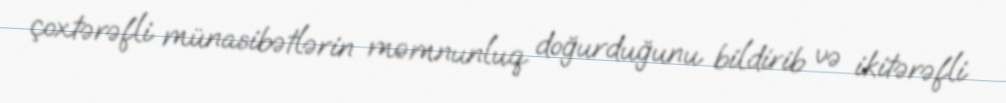
çoxtərəfli münasibətlərin məmnunluq doğurduğunu bildirib və ikitərəfli